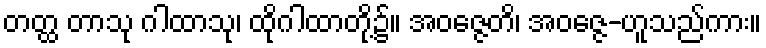
တတ္ထ တာသု ဂါထာသု၊ ထိုဂါထာတို့၌။ အဝဇ္ဇေတိ၊ အဝဇ္ဇေ-ဟူသည်ကား။